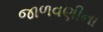
જાળવણીના